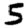
Digit: 5